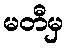
မတီမှ